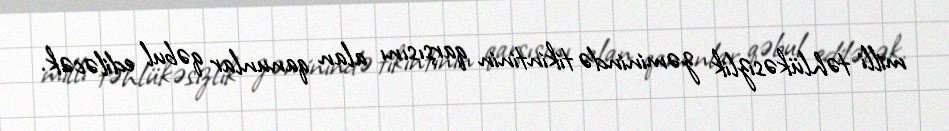
milli təhlükəsizlik zəminində tikintinin qarşısını alan qanunlar qəbul ediləcək.